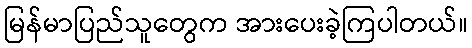
မြန်မာပြည်သူတွေက အားပေးခဲ့ကြပါတယ်။